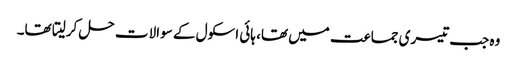
وہ جب تیسری جماعت میں تھا، ہائی اسکول کے سوالات حل کرلیتا تھا۔